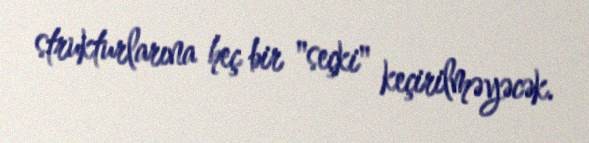
strukturlarına heç bir "seçki" keçirilməyəcək.